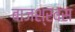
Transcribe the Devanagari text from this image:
बाजश्रवस